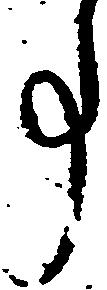
事